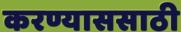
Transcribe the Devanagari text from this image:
करण्याससाठी